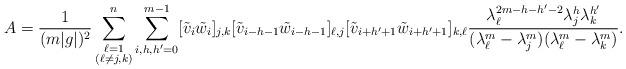
LaTeX: \begin{align*}A=\frac{1}{(m|g|)^2}\sum_{\substack{\ell=1\\(\ell\neq j,k)}}^n\sum_{i,h,h'=0}^{m-1}[\tilde{v}_i\tilde{w}_i]_{j,k}[\tilde{v}_{i-h-1}\tilde{w}_{i-h-1}]_{\ell,j}[\tilde{v}_{i+h'+1}\tilde{w}_{i+h'+1}]_{k,\ell}\frac{\lambda_\ell^{2m-h-h'-2}\lambda_j^h\lambda_k^{h'}}{(\lambda_\ell^m-\lambda_j^m)(\lambda_\ell^m-\lambda_k^m)}.\end{align*}